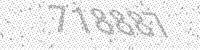
Solution: 718887